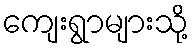
ကျေးရွာများသို့